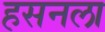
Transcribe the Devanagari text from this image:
हसनला